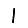
Digit: 1